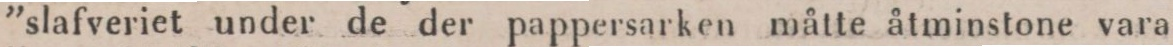
”slafveriet under de der pappersarken måtte åtminstone vara